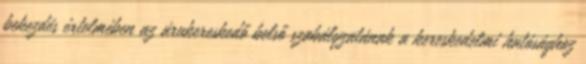
bekezdés értelmében az árukereskedő belső szabályzatának a kereskedelmi hatósághoz